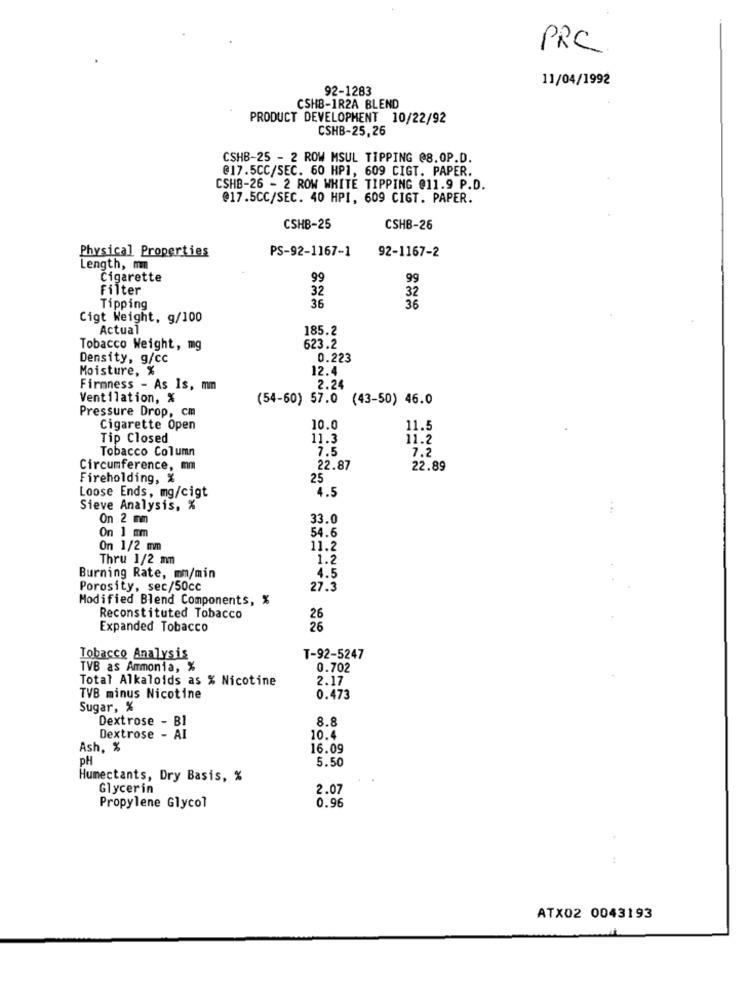
PRC
11/04/1992
92-1283
CSHB-1R2A BLEND
PRODUCT DEVELOPMENT 10/22/92
CSHB-25,26
CSHB-25 - 2 ROW MSUL TIPPING @8.0P.D.
@17.5CC/SEC. 60 HP1, 609 CIGT. PAPER.
CSHB-26 - 2 ROW WHITE TIPPING @11.9 P.D.
@17.5CC/SEC. 40 HPI, 609 CIGT. PAPER.
CSHB-25
CSHB-26
Physical Properties
PS-92-1167-1
92-1167-2
Length, mm
Cigarette
99
99
Filter
32
36
32
Tipping
36
Cigt Weight, g/100
Actual
185.2
Tobacco Weight, mg
623.2
Density, g/cc
0.223
Moisture, %
12.4
Firmness - As Is, mm
2.24
Ventilation, %
(54-60) 57.0 (43-50) 46.0
Pressure Drop, cm
Cigarette Open
10.0
11.5
Tip Closed
11.3
11.2
Tobacco Column
7.5
7.2
Circumference, mm
22.87
22.89
Fireholding, %
25
4.5
Loose Ends, mg/cigt
Sieve Analysis, %
On 2 mm
33.0
54.6
On 1 mm
On 1/2 mm
11.2
Thru 1/2 mm
1.2
Burning Rate, mm/min
4.5
Porosity, sec/50cc
27.3
Modified Blend Components, %
Reconstituted Tobacco
26
Expanded Tobacco
26
Tobacco Analysis
T-92-5247
TVB as Ammonia, %
0.702
Total Alkaloids as % Nicotine
2.17
TVB minus Nicotine
0.473
Sugar, %
Dextrose - Bl
8.8
Dextrose - AI
10.4
Ash, %
16.09
PH
5.50
Humectants, Dry Basis, %
Glycerin
2.07
Propylene Glycol
0.96
ATX02 0043193